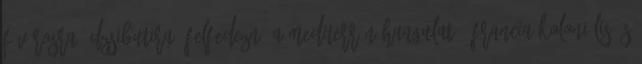
fővárosra, Dzsibutira? Felfedezné a mediterrán hangulatú, francia koloniális és